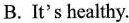
B.It's healthy.